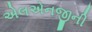
એલએનજીની